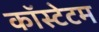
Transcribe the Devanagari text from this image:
कॉस्टेटम